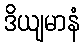
ဒိယျမာနံ